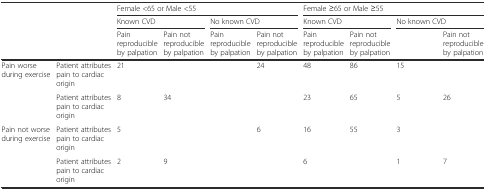
<table><thead><tr><td>[EMPTY_CELL]</td><td>[EMPTY_CELL]</td><td colspan="4"><b>Female &lt;65 or Male &lt;55</b></td><td colspan="4"><b>Female ≥65 or Male ≥55</b></td></tr><tr><td>[EMPTY_CELL]</td><td>[EMPTY_CELL]</td><td colspan="2"><b>Known CVD</b></td><td colspan="2"><b>No known CVD</b></td><td colspan="2"><b>Known CVD</b></td><td colspan="2"><b>No known CVD</b></td></tr><tr><td>[EMPTY_CELL]</td><td>[EMPTY_CELL]</td><td><b>Pain reproducible by palpation</b></td><td><b>Pain not reproducible by palpation</b></td><td><b>Pain reproducible by palpation</b></td><td><b>Pain not reproducible by palpation</b></td><td><b>Pain reproducible by palpation</b></td><td><b>Pain not reproducible by palpation</b></td><td>[EMPTY_CELL]</td><td><b>Pain not reproducible by palpation</b></td></tr></thead><tbody><tr><td rowspan="2">Pain worse during exercise</td><td>Patient attributes pain to cardiac origin</td><td>21</td><td>[EMPTY_CELL]</td><td>[EMPTY_CELL]</td><td>24</td><td>48</td><td>86</td><td>15</td><td>[EMPTY_CELL]</td></tr><tr><td>Patient attributes pain to cardiac origin</td><td>8</td><td>34</td><td>[EMPTY_CELL]</td><td>[EMPTY_CELL]</td><td>23</td><td>65</td><td>5</td><td>26</td></tr><tr><td rowspan="2">Pain not worse during exercise</td><td>Patient attributes pain to cardiac origin</td><td>5</td><td>[EMPTY_CELL]</td><td>[EMPTY_CELL]</td><td>6</td><td>16</td><td>55</td><td>3</td><td>[EMPTY_CELL]</td></tr><tr><td>Patient attributes pain to cardiac origin</td><td>2</td><td>9</td><td>[EMPTY_CELL]</td><td>[EMPTY_CELL]</td><td>6</td><td>[EMPTY_CELL]</td><td>1</td><td>7</td></tr></tbody></table>